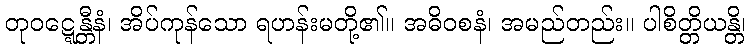
တုဝဋ္ဋေန္တီနံ၊ အိပ်ကုန်သော ရဟန်းမတို့၏။ အဓိဝစနံ၊ အမည်တည်း။ ပါစိတ္တိယန္တိ၊